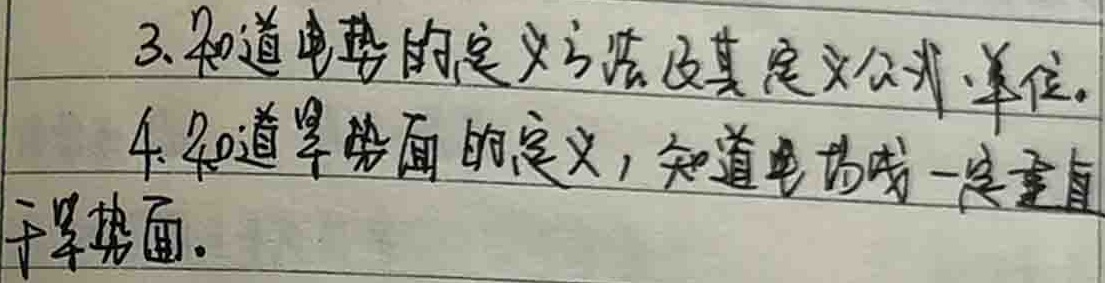
3.知道电势的定义方法及其定义公式、单位。
4.知道等势面的定义，知道电场线一定垂直
于等势面。